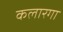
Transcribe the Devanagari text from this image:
कलारगा